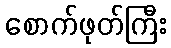
စောက်ဖုတ်ကြီး